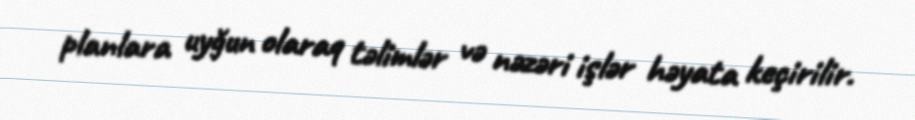
planlara uyğun olaraq təlimlər və nəzəri işlər həyata keçirilir.